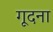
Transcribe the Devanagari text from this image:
गूदना